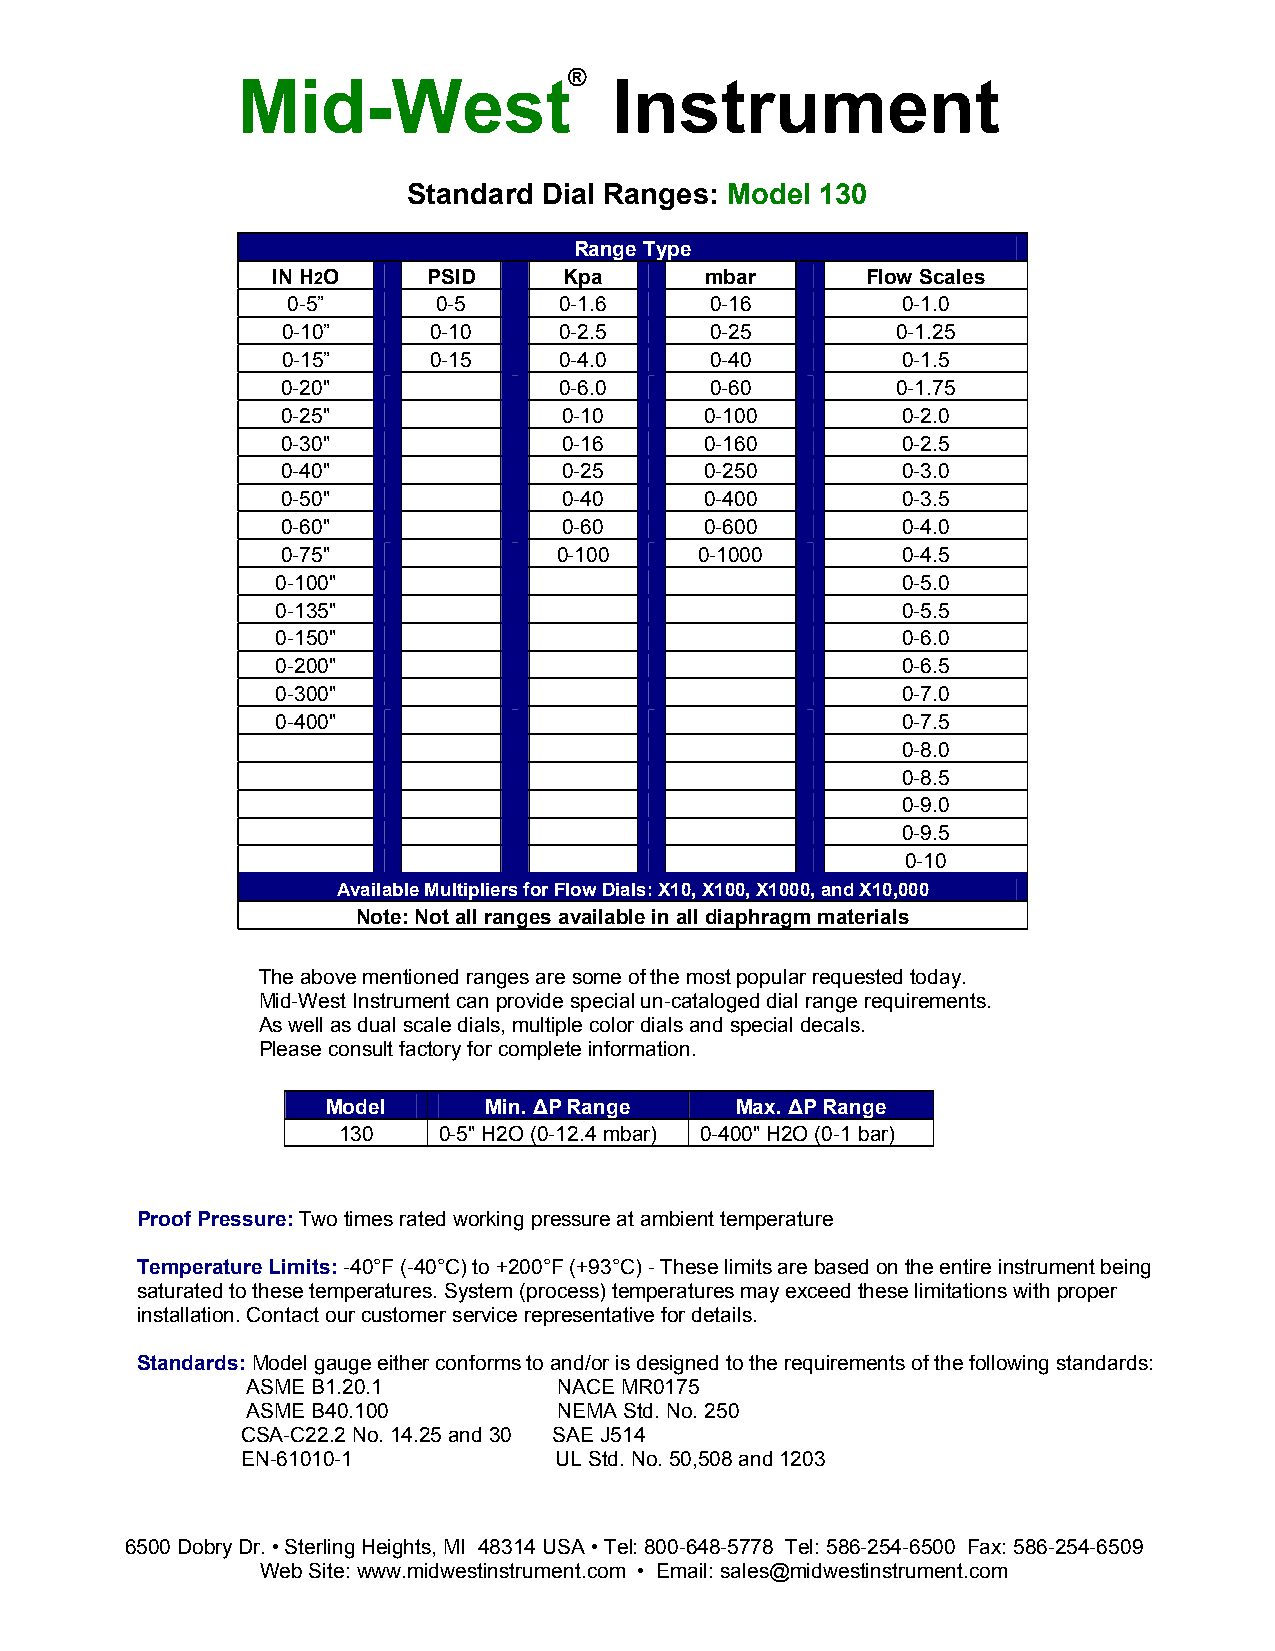
®
 Mid-West                 Instrument
 Standard Dial Ranges: Model 130
 Range Type
 IN H2O    PSID     Kpa       mbar      Flow Scales
 0-5”      0-5     0-1.6     0-16         0-1.0
 0-10”    0-10     0-2.5     0-25        0-1.25
 0-15”    0-15     0-4.0     0-40         0-1.5
 0-20"             0-6.0     0-60        0-1.75
 0-25"             0-10      0-100        0-2.0
 0-30"             0-16      0-160        0-2.5
 0-40"             0-25      0-250        0-3.0
 0-50"             0-40      0-400        0-3.5
 0-60"             0-60      0-600        0-4.0
 0-75"             0-100    0-1000        0-4.5
 0-100"                                    0-5.0
 0-135"                                    0-5.5
 0-150"                                    0-6.0
 0-200"                                    0-6.5
 0-300"                                    0-7.0
 0-400"                                    0-7.5
 0-8.0
 0-8.5
 0-9.0
 0-9.5
 0-10
 Available Multipliers for Flow Dials: X10, X100, X1000, and X10,000
 Note: Not all ranges available in all diaphragm materials
 The above mentioned ranges are some of the most popular requested today.
 Mid-West Instrument can provide special un-cataloged dial range requirements.
 As well as dual scale dials, multiple color dials and special decals.
 Please consult factory for complete information.
 Model     Min. ΔP Range    Max. ΔP Range
 130    0-5" H2O (0-12.4 mbar) 0-400" H2O (0-1 bar)
 Proof Pressure: Two times rated working pressure at ambient temperature
 Temperature Limits: -40°F (-40°C) to +200°F (+93°C) - These limits are based on the entire instrument being
 saturated to these temperatures. System (process) temperatures may exceed these limitations with proper
 installation. Contact our customer service representative for details.
 Standards: Model gauge either conforms to and/or is designed to the requirements of the following standards:
 ASME B1.20.1         NACE MR0175
 ASME B40.100         NEMA Std. No. 250
 CSA-C22.2 No. 14.25 and 30 SAE J514
 EN-61010-1           UL Std. No. 50,508 and 1203
 6500 Dobry Dr. • Sterling Heights, MI 48314 USA • Tel: 800-648-5778 Tel: 586-254-6500 Fax: 586-254-6509
 Web Site: www.midwestinstrument.com • Email: sales@midwestinstrument.com